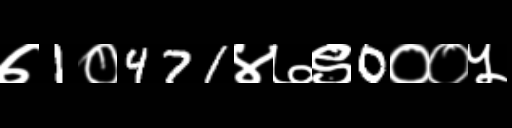
Text: ७1०471४७९0००५